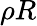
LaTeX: \rho R